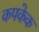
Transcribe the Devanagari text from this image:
कपकेक